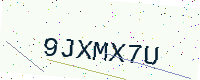
Text: 9JXMX7U